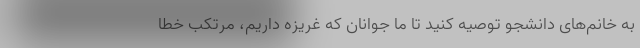
به خانم‌های دانشجو توصیه کنید تا ما جوانان که غریزه داریم، مرتکب خطا